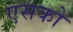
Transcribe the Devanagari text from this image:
एसको